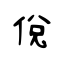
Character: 侻